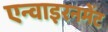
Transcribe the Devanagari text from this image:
एन्वाइरनमेंट